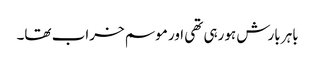
باہر بارش ہورہی تھی اور موسم خراب تھا۔